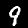
Digit: 9